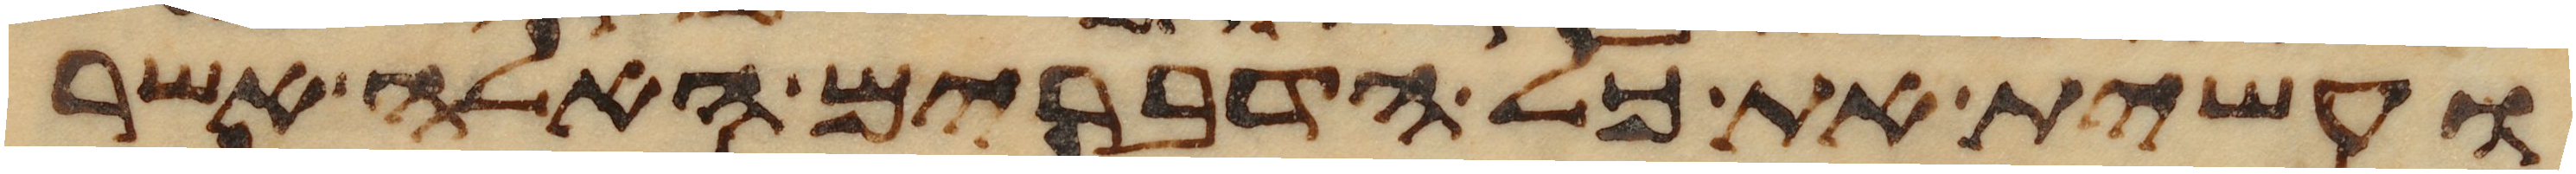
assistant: ועשית את כל הדברים האלה אשר